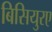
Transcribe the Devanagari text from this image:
बिसियुरए